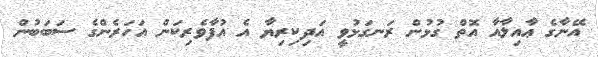
އޭނާގެ ޢާއިލާއާ އޮތް ގުޅުން ރަނގަޅުވީ އަދިކިރިޔާ އެ އުފާވެރިކަން އަހަރެންގެ ސަބަބުން